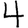
Digit: 4